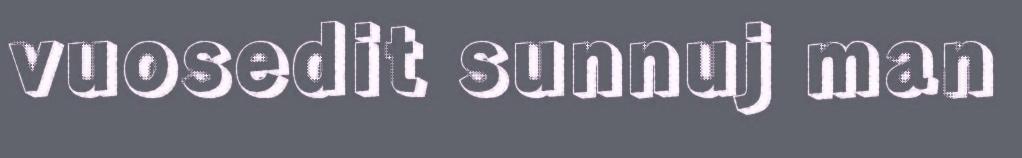
vuosedit sunnuj man